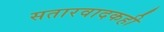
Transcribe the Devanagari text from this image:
सतारवादकही